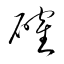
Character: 確